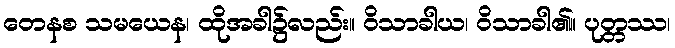
တေနစ သမယေန၊ ထိုအခါ၌လည်း။ ဝိသာခါယ၊ ဝိသာခါ၏။ ပုတ္တဿ၊